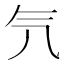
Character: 氕